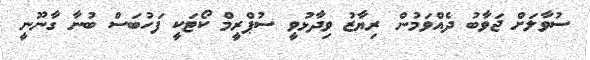
ސުވާލަށް ޖަވާބު ދެއްވަމުން ރިޔާޒު ވިދާޅުވީ ސުޕްރީމް ކޯޓަކީ ފަހުބަސް ބުނާ ގާނޫނީ